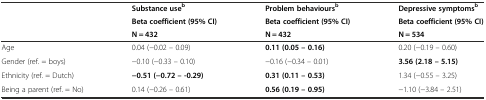
<table><thead><tr><td></td><td><b>Substance use<sup>b</sup></b></td><td><b>Problem behaviours<sup>b</sup></b></td><td><b>Depressive symptoms<sup>b</sup></b></td></tr><tr><td></td><td><b>Beta coefficient (95% CI)</b></td><td><b>Beta coefficient (95% CI)</b></td><td><b>Beta coefficient (95% CI)</b></td></tr><tr><td></td><td><b>N = 432</b></td><td><b>N = 432</b></td><td><b>N = 534</b></td></tr></thead><tbody><tr><td>Age</td><td>0.04 (−0.02 – 0.09)</td><td><b>0.11 (0.05 – 0.16)</b></td><td>0.20 (−0.19 – 0.60)</td></tr><tr><td>Gender (ref. = boys)</td><td>−0.10 (−0.33 – 0.10)</td><td>−0.16 (−0.34 – 0.01)</td><td><b>3.56 (2.18 – 5.15)</b></td></tr><tr><td>Ethnicity (ref. = Dutch)</td><td><b>−0.51 (−0.72 – -0.29)</b></td><td><b>0.31 (0.11 – 0.53)</b></td><td>1.34 (−0.55 – 3.25)</td></tr><tr><td>Being a parent (ref. = No)</td><td>0.14 (−0.26 – 0.61)</td><td><b>0.56 (0.19 – 0.95)</b></td><td>−1.10 (−3.84 – 2.51)</td></tr></tbody></table>